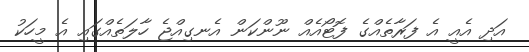
އަދި އެއީ އެ ފަރާތެއްގެ ފޮޓޯއެއް ނޫންކަން އެނގިއްޖެ ހާލަތެއްގައި އެ މީހަކު